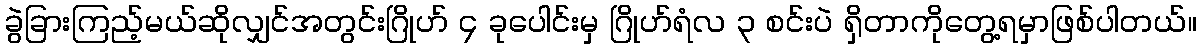
ခွဲခြားကြည့်မယ်ဆိုလျှင်အတွင်းဂြိုဟ် ၄ ခုပေါင်းမှ ဂြိုဟ်ရံလ ၃ စင်းပဲ ရှိတာကိုတွေ့ရမှာဖြစ်ပါတယ်။